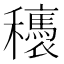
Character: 𥤂